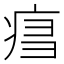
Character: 𤶍